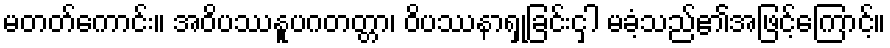
မတတ်ကောင်း။ အဝိပဿနူပဂတတ္တာ၊ ဝိပဿနာရှုခြင်းငှါ မခံ့သည်၏အဖြင့်ကြောင့်။